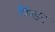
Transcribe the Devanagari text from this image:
लैंग्डन